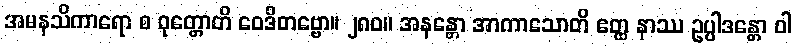
အမနသိကာရော စ ဝုတ္တောတိ ဝေဒိတဗ္ဗော။ ၂၈၀။ အနန္တော အာကာသောတိ ဧတ္ထ နာဿ ဥပ္ပါဒန္တော ဝါ